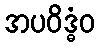
အပဝိဒ္ဓံဝ